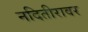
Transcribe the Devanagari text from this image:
नदितीरावर